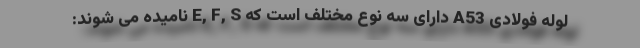
لوله فولادی A53 دارای سه نوع مختلف است که E, F, S نامیده می شوند: